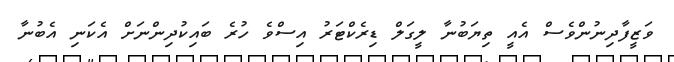
ވަޒީފާދިނުންވެސް އެއީ ތިޔަބުނާ ލީގަލް ޑިރެކްޓަރު އިސްވެ ހުރެ ބައިކުދިންނަށް އެކަނި އެބުނާ